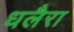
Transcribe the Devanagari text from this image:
धलैरा